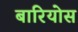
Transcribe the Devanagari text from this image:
बारियोस